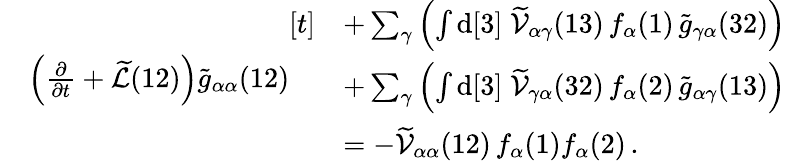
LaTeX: \begin{array}{rl}&{\left(\frac{\partial}{\partial t}+\widetilde{\mathcal{L}}(12)\right)\widetilde{g}_{\alpha\alpha}(12)\begin{array}{rl}{[t]}&{+\sum_{\gamma}\left(\int\mathrm{d}[3]\; \widetilde{\mathcal{V}}_{\alpha\gamma}(13)\, f_{\alpha}(1)\, \widetilde{g}_{\gamma\alpha}(32)\right)}\\ &{+\sum_{\gamma}\left(\int\mathrm{d}[3]\; \widetilde{\mathcal{V}}_{\gamma\alpha}(32)\, f_{\alpha}(2)\, \widetilde{g}_{\alpha\gamma}(13)\right)}\\ &{=-\widetilde{\mathcal{V}}_{\alpha\alpha}(12)\, f_{\alpha}(1)f_{\alpha}(2)\, .}\end{array}}\end{array}